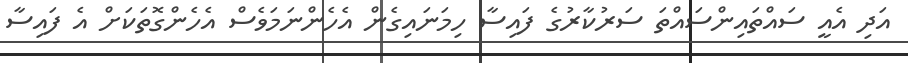
އަދި އެއީ ސައްތައިންސައްތަ ސަރުކާރުގެ ފައިސާ ހިމަނައިގެން އެހެންނަމަވެސް އެހެންގޮތަކަށް އެ ފައިސާ